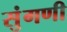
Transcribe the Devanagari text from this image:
सुंगणी